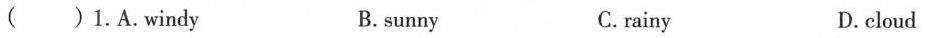
( )1.A.Windy B.sunny C. rainy D.cloud